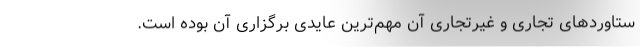
ستاوردهای تجاری و غیرتجاری آن مهم‌ترین عایدی برگزاری آن بوده است.